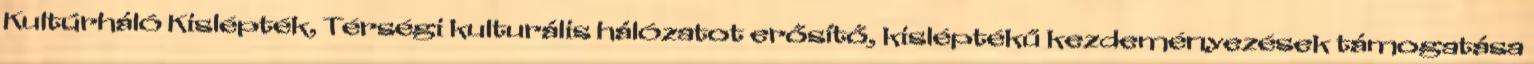
Kultúrháló Kislépték, Térségi kulturális hálózatot erősítő, kisléptékű kezdeményezések támogatása